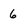
Character: 6